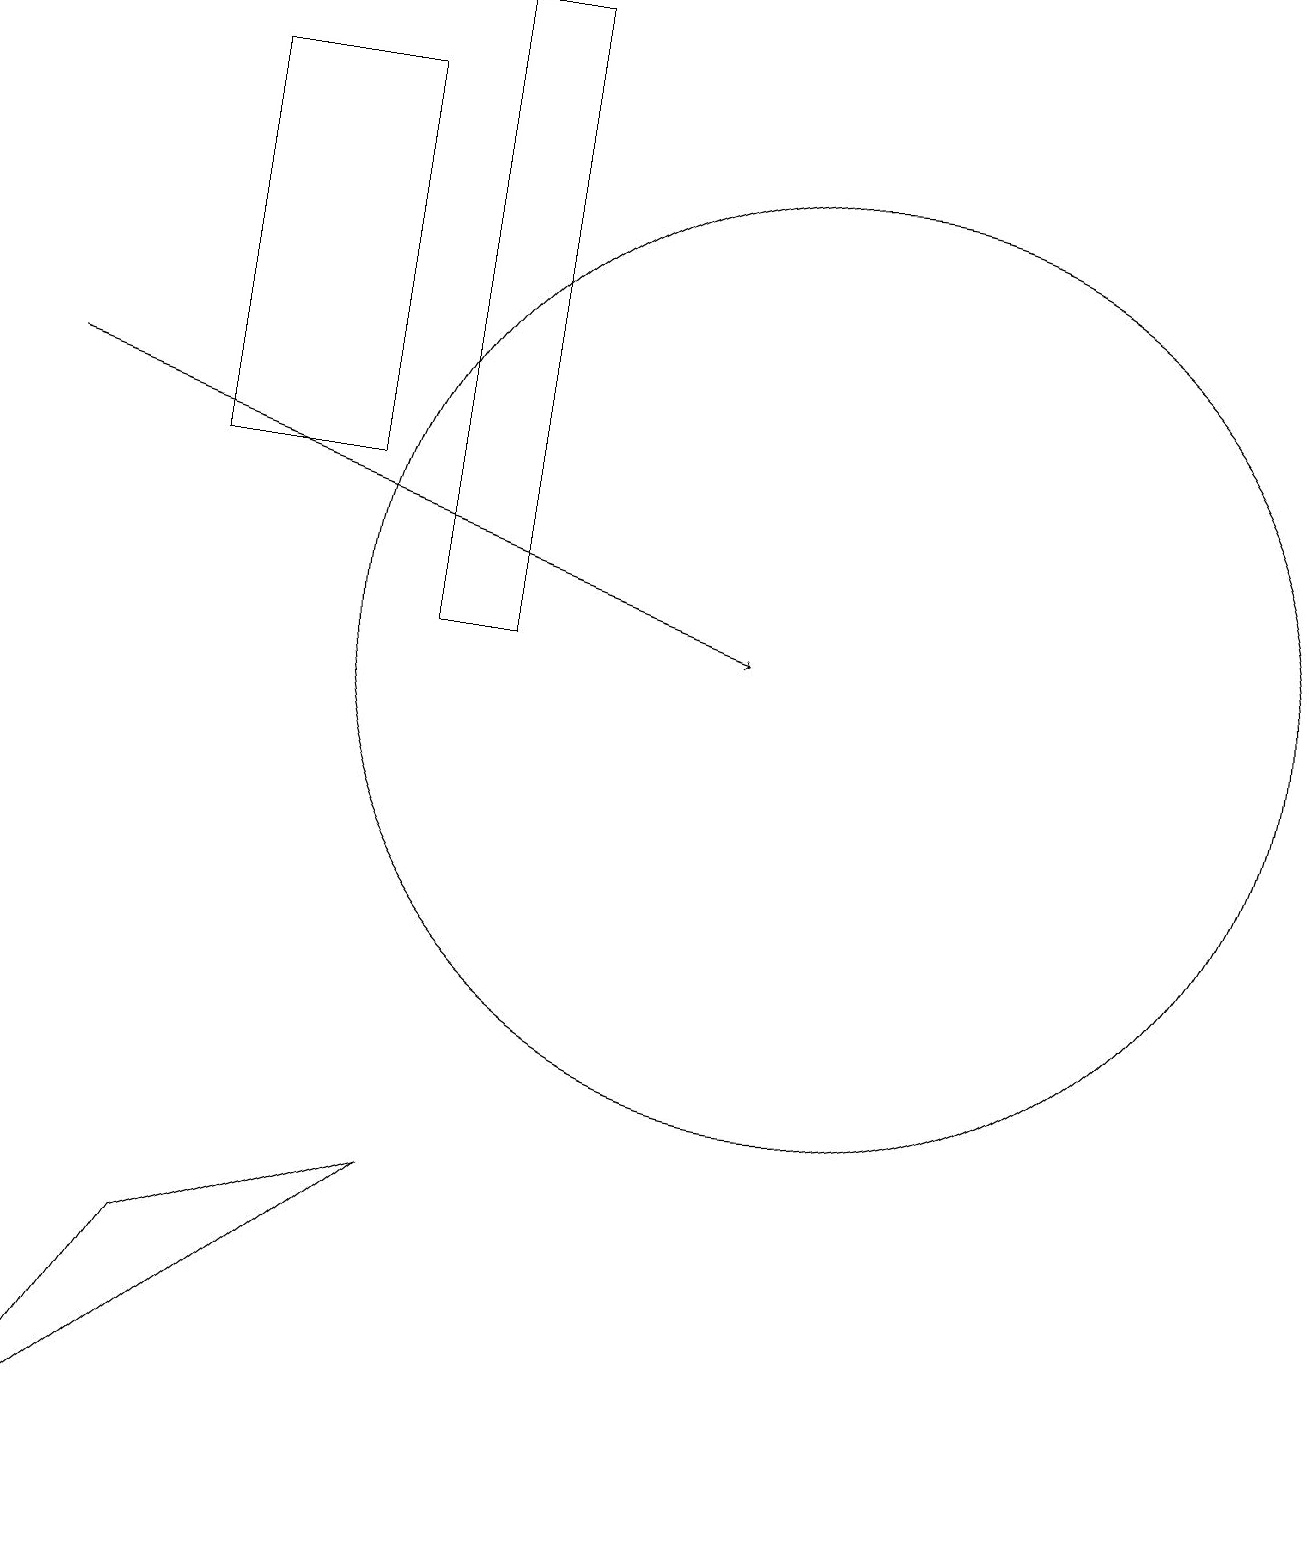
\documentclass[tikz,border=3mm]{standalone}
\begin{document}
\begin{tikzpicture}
\draw[->] (0,14) -- (9,11);
\draw (2,15) rectangle (2,18);
\draw (10,11) circle (6);
\draw (2,18) rectangle (4,13);
\draw (5,4) -- (2,3) -- (0,0) -- cycle;
\draw (5,19) rectangle (6,11);
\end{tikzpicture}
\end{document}